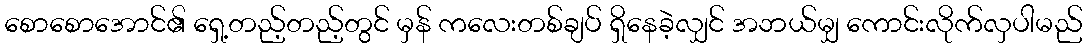
စောစောအောင်၏ ရှေ့တည့်တည့်တွင် မှန် ကလေးတစ်ချပ် ရှိနေခဲ့လျှင် အဘယ်မျှ ကောင်းလိုက်လှပါမည်